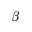
\beta